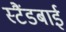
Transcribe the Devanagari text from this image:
स्‍टैंडबाई